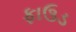
ફાઉડ